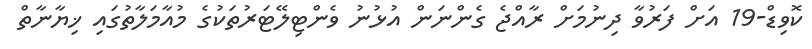
ކޮވިޑް-19 އަށް ފަރުވާ ދިނުމަށް ރާއްޖެ ގެންނަން އުޅުނު ވެންޓިލޭޓަރުތަކުގެ މުއާމަލާތުގައި ޚިޔާނާތް